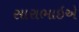
સારાભાઇએ